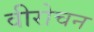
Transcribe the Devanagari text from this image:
वीरोचन